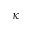
\kappa